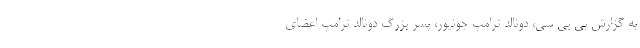
به گزارش بی بی سی، دونالد ترامپ جونیور، پسر بزرگ دونالد ترامپ اعضای